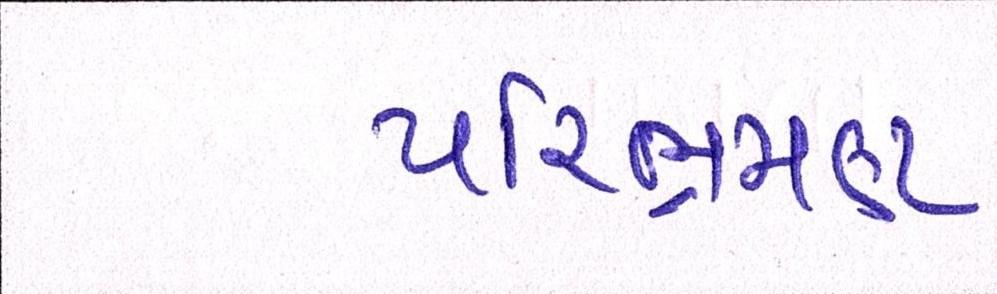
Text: પરિભ્રમણ